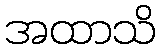
အထာသိ